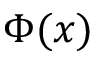
\Phi ( x )